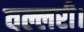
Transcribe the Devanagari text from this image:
वल्लरी।